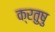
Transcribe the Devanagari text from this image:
क्रतुषु